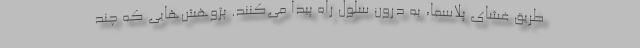
طریق غشای پلاسما، به درون سلول راه پیدا می‌کنند. پژوهش‌هایی که چند